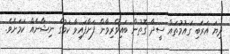
ދިޔަ އަރަބި ގައުމުތައް ސީދާ ގޮތުން ބައިވެރިވާން ފަށާފައިވާ ކަމުގެ ނިޝާނެއް ކަމަށެވެ.